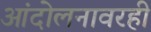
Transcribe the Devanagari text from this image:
आंदोलनावरही